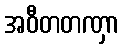
အဝီတတဏှာ